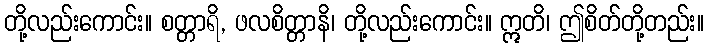
တို့လည်းကောင်း။ စတ္တာရိ, ဖလစိတ္တာနိ၊ တို့လည်းကောင်း။ ဣတိ၊ ဤစိတ်တို့တည်း။